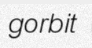
gorbit